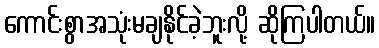
ကောင်းစွာအသုံးမချနိုင်ခဲ့ဘူးလို့ ဆိုကြပါတယ်။